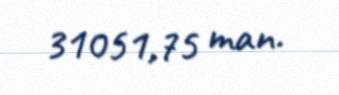
31051,75 man.